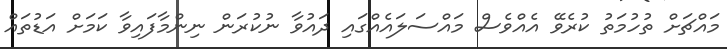
މައްޗަށް ތުހުމަތު ކުރެވޭ އެއްވެސް މައްސަލައެއްގައި ދައުވާ ނުކުރަން ނިންމާފައިވާ ކަމަށް އަޑުތައް